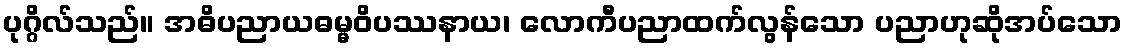
ပုဂ္ဂိလ်သည်။ အဓိပညာယဓမ္မဝိပဿနာယ၊ လောကီပညာထက်လွန်သော ပညာဟုဆိုအပ်သော